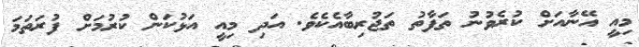
މިއީ އޭނާއަށް ކުރެވުނު ތަފާތު ތަޖުރިބާއެކެވެ. އަދި މިއީ އަޅުކަން ކުރުމަށް ފުރަތަމަ